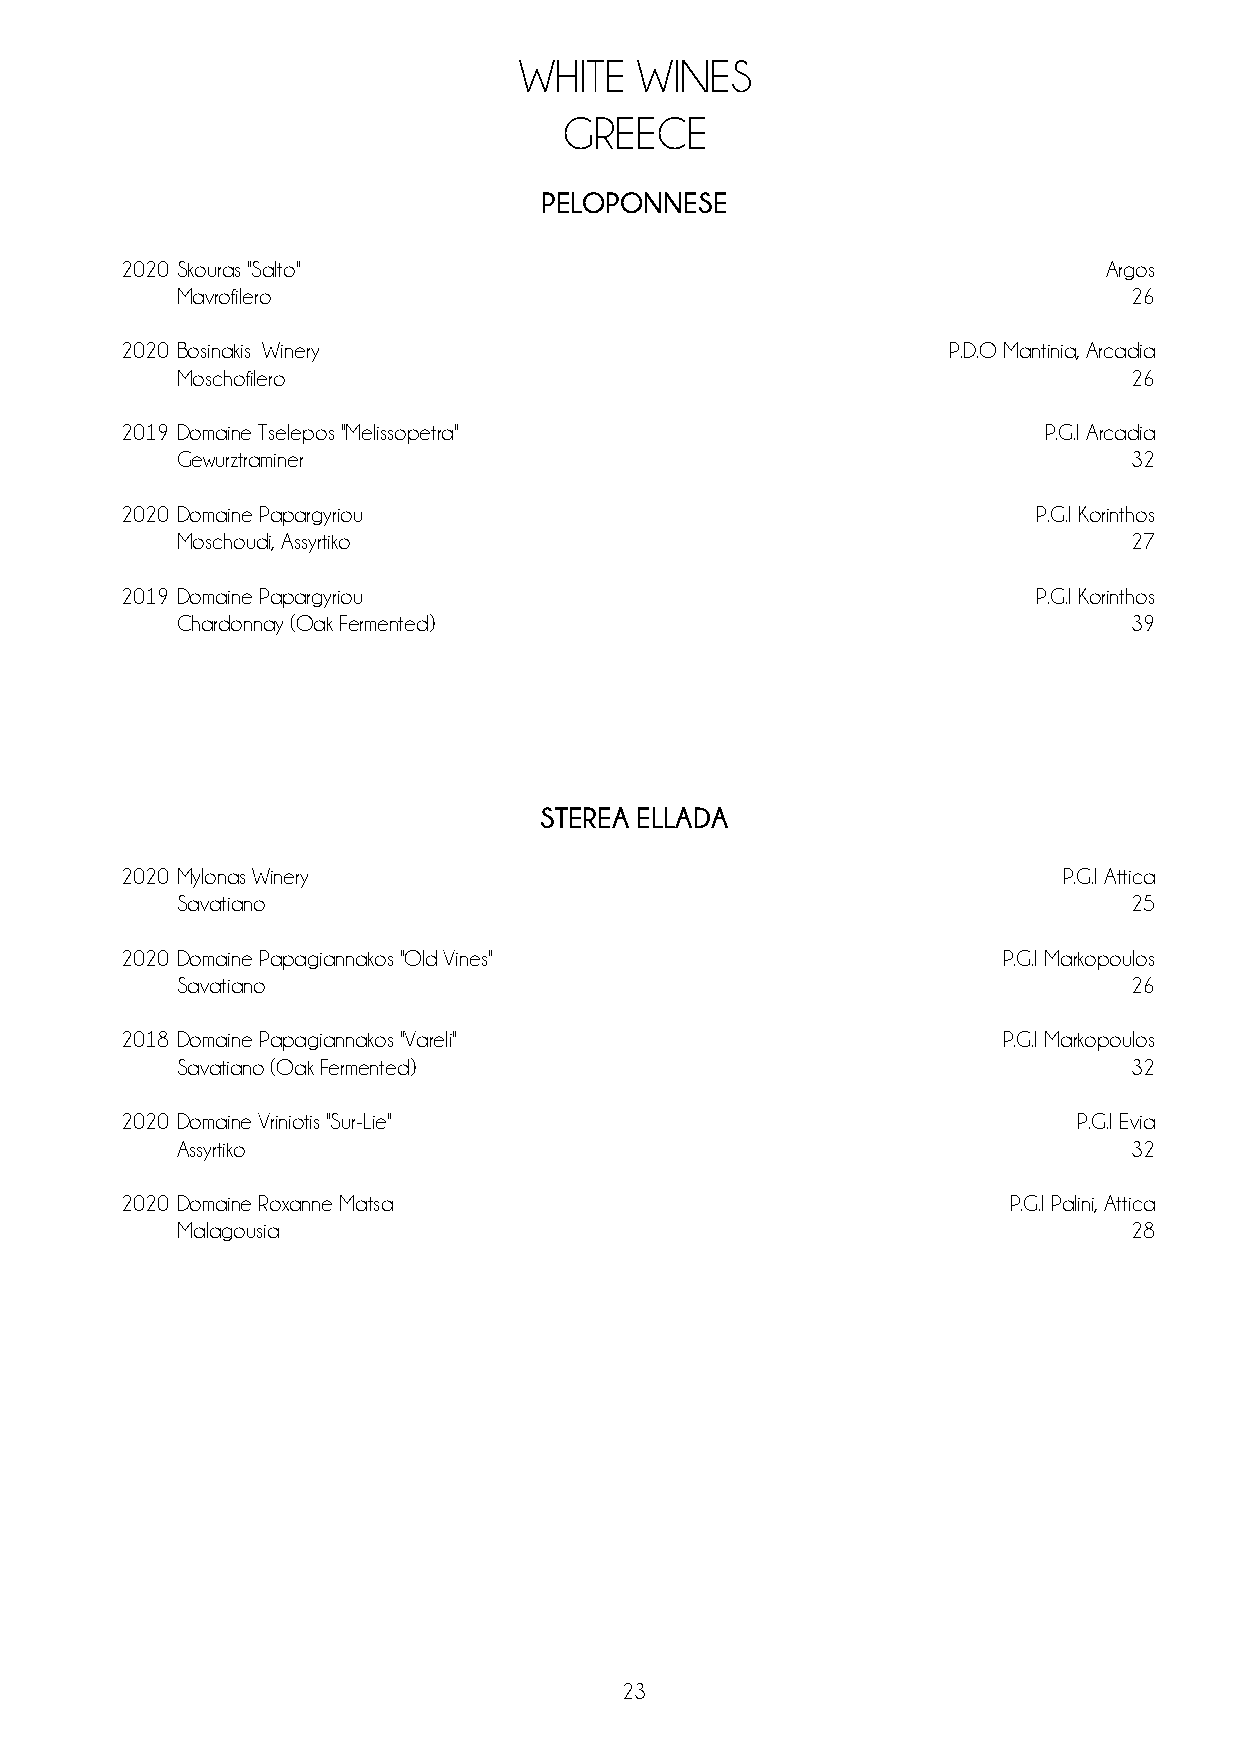
WHITE   WINES
 GREECE
 PELOPONNESE
 2020 Skouras ''Salto''                                           Argos
 Mavrofilero                                                    26
 2020 Bosinakis Winery                                  P.D.O Mantinia, Arcadia
 Moschofilero                                                   26
 2019 Domaine Tselepos ''Melissopetra''                       P.G.I Arcadia
 Gewurztraminer                                                 32
 2020 Domaine Papargyriou                                     P.G.I Korinthos
 Moschoudi, Assyrtiko                                           27
 2019 Domaine Papargyriou                                     P.G.I Korinthos
 Chardonnay (Oak Fermented)                                     39
 STEREA ELLADA
 2020 Mylonas Winery                                           P.G.I Attica
 Savatiano                                                      25
 2020 Domaine Papagiannakos ''Old Vines''                  P.G.I Markopoulos
 Savatiano                                                      26
 2018 Domaine Papagiannakos ''Vareli''                     P.G.I Markopoulos
 Savatiano (Oak Fermented)                                      32
 2020 Domaine Vriniotis ''Sur-Lie''                             P.G.I Evia
 Assyrtiko                                                      32
 2020 Domaine Roxanne Matsa                                 P.G.I Palini, Attica
 Malagousia                                                     28
 23